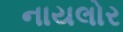
નાયલોર